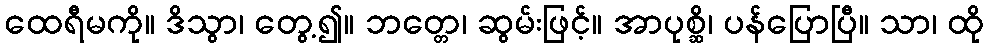
ထေရီမကို။ ဒိသွာ၊ တွေ့၍။ ဘတ္တေ၊ ဆွမ်းဖြင့်။ အာပုစ္ဆိ၊ ပန်ပြောပြီ။ သာ၊ ထို